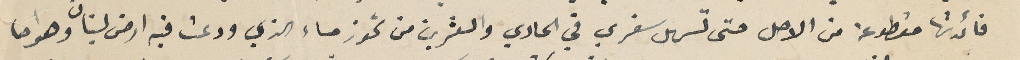
فائدتها مقطوعة من الاصل حتى تسهل سفري في الحادي والعشرين من تموز مساء الذي ودعت فيه ارض لبنان وهواها